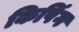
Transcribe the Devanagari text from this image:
किपिंग